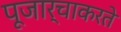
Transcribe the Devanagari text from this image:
पूजार्चाकरते